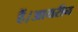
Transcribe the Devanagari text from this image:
हैं।आयरीन